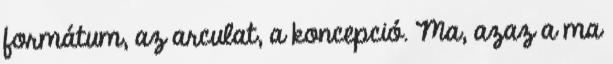
formátum, az arculat, a koncepció. Ma, azaz a ma